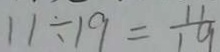
1 1 \div 1 9 = \frac { 1 1 } { 1 9 }